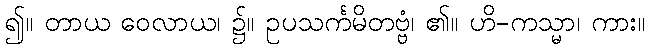
၍။ တာယ ဝေလာယ၊ ၌။ ဥပသင်္ကမိတဗ္ဗံ၊ ၏။ ဟိ-ကသ္မာ၊ ကား။